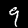
Digit: 9